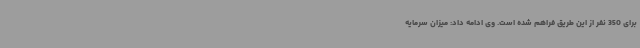
برای 350 نفر از این طریق فراهم شده است. وی ادامه داد: میزان سرمایه